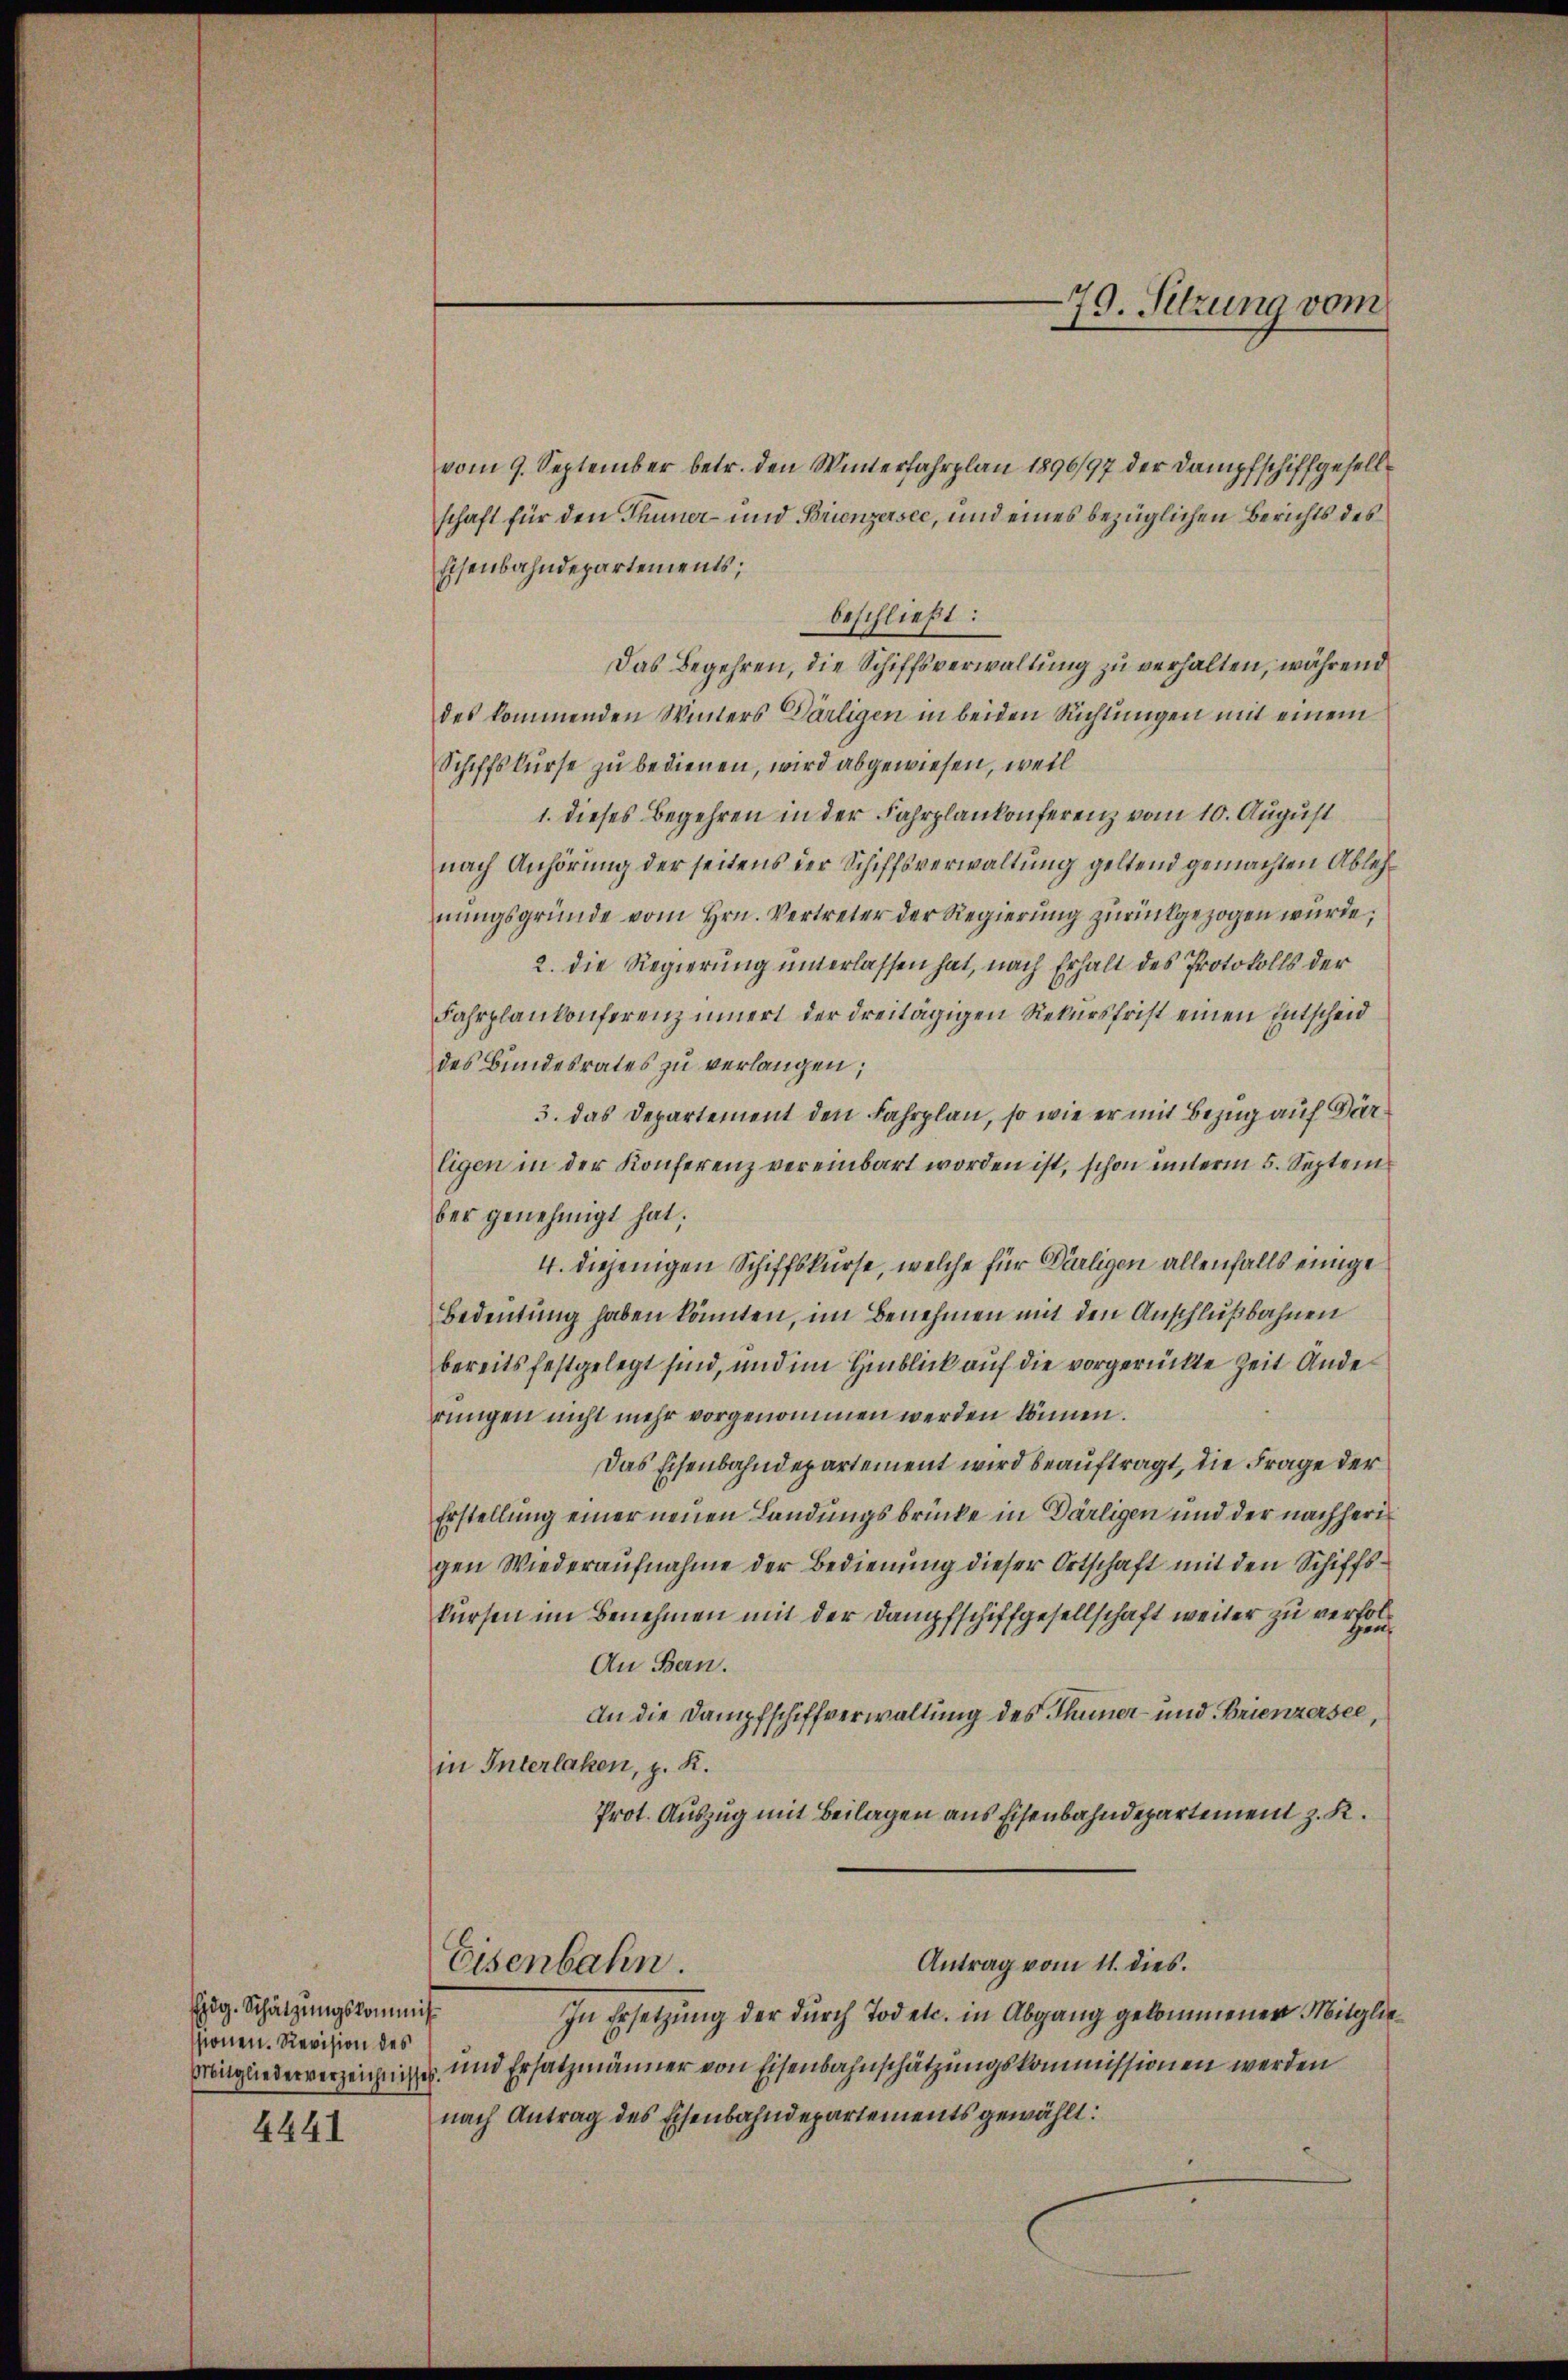
Edg. Schätzungskommis
ssionen. Revision des

4441

79. Sitzung vom

vom 9. September betr. den Winterfahrplan 1896/97 der Dampfschiffgesellschaft für den Thuner- und Brienzersee, und eines bezüglichen Berichts des
Eisenbahndepartements;
beschließt:
Das Begehren, die Schiffsverwaltung zu verhalten, während
des kommenden Winters Därligen in beiden Richtungen mit einem
Schiffskurse zu bedienen, wird abgewiesen, weil
1. dieses Begehren in der Fahrplankonferenz vom 10. August
nach Anhörung der seitens der Schiffsverwaltung geltend gemachten Ablehnungsgründe vom Hrn. Vertreter der Regierung zurückgezogen würde,
2. die Regierung unterlassen hat, nach Erhalt des Protokolls der
Fahrplankonferenz innert der dreitägigen Rekursfrist einen Entscheid
des Bundesrates zu verlangen;
3. das Departement den Fahrplan, so wie er mit Bezug auf Darligen in der Konferenz vereinbart worden ist, schon unterm 5. Septem
ber genehmigt hat;
4. diejenigen Schiffskurse, welche für Dirligen allenfalls einige
Bedeutung haben könnten, im Benehmen mit den Anschlußbahnen
bereits festgelegt sind, und im Hinblick auf die vorgerückte Zeit Anderungen nicht mehr vorgenommen werden können.
Das Eisenbahndepartement wird beauftragt, die Frage der
Erstellung einer neuen Landungsbrücke in Därligen und der nachherigen Wiederaufnahme der Bedienung dieser Ortschaft mit den Schiffskursen im Benehmen mit der Dampfschiffgesellschaft weiter zu verfol¬
An Bern.
An die Dampfschiffverwaltung des Thuner- und Brienzersee,
in Interlaken, z. K.
Prot. Auszug mit Beilagen aus Eisenbahndepartement z. R.
Antrag vom 11. dies.
Eisenbahn.
In Ersetzung der durch Tod etc. in Abgang gekommener Mitglie¬
Dingliederverzeichnis und Ersatzmänner von Eisenbahnschätzungskommissionen werden
nach Antrag des Eisenbahndepartements gewählt: